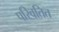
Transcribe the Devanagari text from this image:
परिवतित